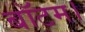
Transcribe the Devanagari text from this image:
बॉटम।